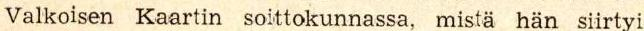
Valkoisen Kaartin soittokunnassa, mistä hän siirtyi